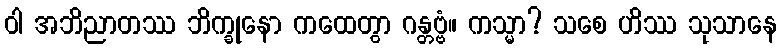
ဝါ အဘိညာတဿ ဘိက္ခုနော ကထေတွာ ဂန္တဗ္ဗံ။ ကသ္မာ? သစေ ဟိဿ သုသာနေ